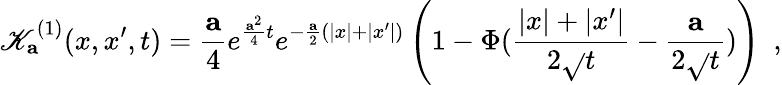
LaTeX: \mathscr{K}_{\mathbf{a}}^{(1)}(x,x^{\prime},t)={\frac{{\mathbf{a}}}{{4}}}e^{{\frac{{{\mathbf{a}}^{2}}}{{4}}}t}e^{-{\frac{{\mathbf{a}}}{{2}}}(|x|+|x^{\prime}|)}\left(1-\Phi({\frac{{|x|+|x^{\prime}|}}{{2\sqrt{}{{t}}}}}-{\frac{{\mathbf{a}}}{{2\sqrt{}{{t}}}}})\right)~~,